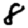
Digit: 8